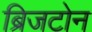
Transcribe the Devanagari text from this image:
ब्रिजटोन